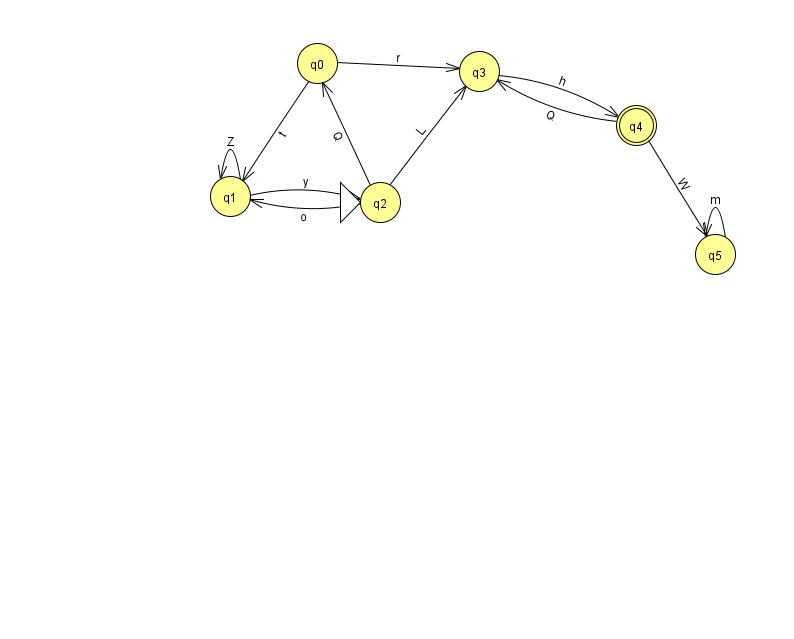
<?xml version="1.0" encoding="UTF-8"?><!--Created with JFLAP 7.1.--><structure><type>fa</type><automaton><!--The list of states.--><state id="0" name="q0"><x>317.0</x><y>50.0</y></state><state id="1" name="q1"><x>230.0</x><y>183.0</y></state><state id="2" name="q2"><x>380.0</x><y>189.0</y><initial/></state><state id="3" name="q3"><x>479.0</x><y>58.0</y></state><state id="4" name="q4"><x>636.0</x><y>112.0</y><final/></state><state id="5" name="q5"><x>715.0</x><y>241.0</y></state><!--The list of transitions.--><transition><from>4</from><to>3</to><read>Q</read></transition><transition><from>0</from><to>3</to><read>r</read></transition><transition><from>1</from><to>2</to><read>y</read></transition><transition><from>4</from><to>5</to><read>W</read></transition><transition><from>2</from><to>1</to><read>o</read></transition><transition><from>2</from><to>0</to><read>Q</read></transition><transition><from>0</from><to>1</to><read>t</read></transition><transition><from>1</from><to>1</to><read>Z</read></transition><transition><from>2</from><to>3</to><read>L</read></transition><transition><from>3</from><to>4</to><read>h</read></transition><transition><from>5</from><to>5</to><read>m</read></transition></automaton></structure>